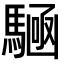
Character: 𮪔